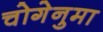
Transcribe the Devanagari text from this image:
चोगेनुमा